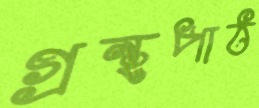
গ্রন্থপাঠ